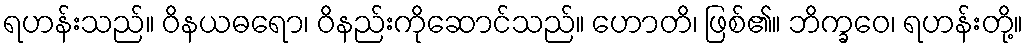
ရဟန်းသည်။ ဝိနယဓရော၊ ဝိနည်းကိုဆောင်သည်။ ဟောတိ၊ ဖြစ်၏။ ဘိက္ခဝေ၊ ရဟန်းတို့။